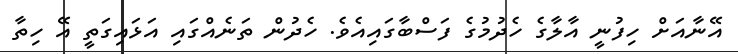
އޭނާއަށް ހިފުނީ އާލާގެ ހެދުމުގެ ފަސްބާގައިއެވެ. ހެދުން ތަނެއްގައި އަޅައިގަތީ އޭ ހިތާ